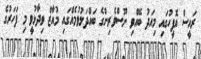
ރައީސް އޮފީހުގައި މިއަދު ބޭއްވި ނޫސްވެރިންގެ ބައްދަލުވުމެއްގައި މުއާޒް ވިދާޅުވީ މި ފަހަރުގެ